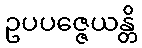
ဥပပဇ္ဇေယန္တိ